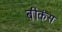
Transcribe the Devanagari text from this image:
बीकंस